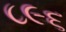
૮૯૬